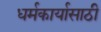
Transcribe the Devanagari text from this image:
धर्मकार्यासाठी